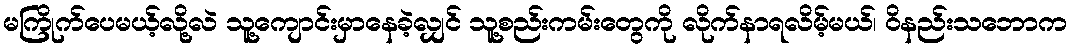
မကြိုက်ပေမယ့်လို့လဲ သူ့ကျောင်းမှာနေခဲ့လျှင် သူ့စည်းကမ်းတွေကို လိုက်နာရလိမ့်မယ်၊ ဝိနည်းသဘောက